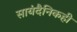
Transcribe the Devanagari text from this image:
सायंदैनिकही